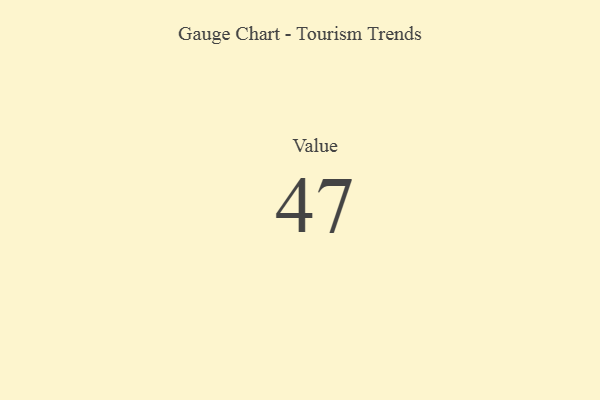
{"axis": {"x": "Metric", "y": "Value"}, "legend": [""], "data": [{"x": "Value", "y": 47, "type": ""}]}